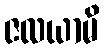
ဇလယာမိ